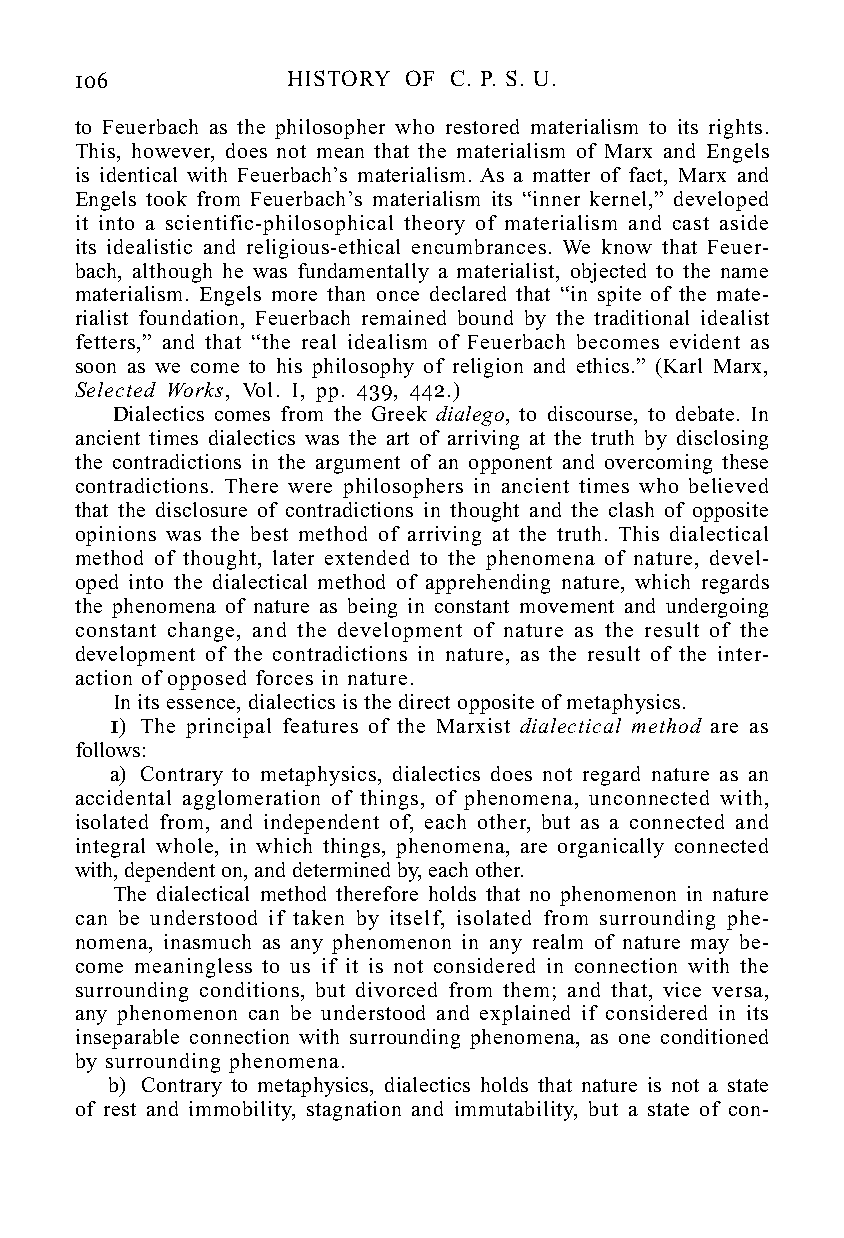
106           HISTORY OF C. P. S. U.
 to Feuerbach as the philosopher who restored materialism to its rights.
 This, however, does not mean that the materialism of Marx and Engels
 is identical with Feuerbach’s materialism. As a matter of fact, Marx and
 Engels took from Feuerbach’s materialism its “inner kernel,” developed
 it into a scientific-philosophical theory of materialism and cast aside
 its idealistic and religious-ethical encumbrances. We know that Feuer-
 bach, although he was fundamentally a materialist, objected to the name
 materialism. Engels more than once declared that “in spite of the mate-
 rialist foundation, Feuerbach remained bound by the traditional idealist
 fetters,” and that “the real idealism of Feuerbach becomes evident as
 soon as we come to his philosophy of religion and ethics.” (Karl Marx,
 Selected Works, Vol. I, pp. 439, 442.)
 Dialectics comes from the Greek dialego, to discourse, to debate. In
 ancient times dialectics was the art of arriving at the truth by disclosing
 the contradictions in the argument of an opponent and overcoming these
 contradictions. There were philosophers in ancient times who believed
 that the disclosure of contradictions in thought and the clash of opposite
 opinions was the best method of arriving at the truth. This dialectical
 method of thought, later extended to the phenomena of nature, devel-
 oped into the dialectical method of apprehending nature, which regards
 the phenomena of nature as being in constant movement and undergoing
 constant change, and the development of nature as the result of the
 development of the contradictions in nature, as the result of the inter-
 action of opposed forces in nature.
 In its essence, dialectics is the direct opposite of metaphysics.
 1) The principal features of the Marxist dialectical method are as
 follows:
 a) Contrary to metaphysics, dialectics does not regard nature as an
 accidental agglomeration of things, of phenomena, unconnected with,
 isolated from, and independent of, each other, but as a connected and
 integral whole, in which things, phenomena, are organically connected
 with, dependent on, and determined by, each other.
 The dialectical method therefore holds that no phenomenon in nature
 can be understood if taken by itself, isolated from surrounding phe-
 nomena, inasmuch as any phenomenon in any realm of nature may be-
 come meaningless to us if it is not considered in connection with the
 surrounding conditions, but divorced from them; and that, vice versa,
 any phenomenon can be understood and explained if considered in its
 inseparable connection with surrounding phenomena, as one conditioned
 by surrounding phenomena.
 b) Contrary to metaphysics, dialectics holds that nature is not a state
 of rest and immobility, stagnation and immutability, but a state of con-